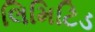
લિમિટિડ